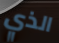
الذي